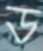
ড